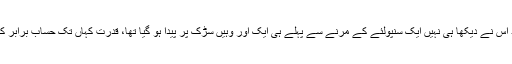
پھر شاید اس نے دیکھا ہی نہیں ایک سنپولئے کے مرنے سے پہلے ہی ایک اور وہیں سڑک پر پیدا ہو گیا تھا، قدرت کہاں تک حساب برابر کرے گی۔